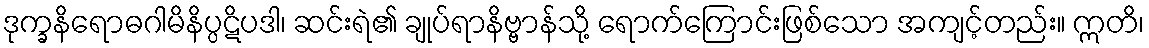
ဒုက္ခနိရောဓဂါမိနိပ္ပဋိပဒါ၊ ဆင်းရဲ၏ ချုပ်ရာနိဗ္ဗာန်သို့ ရောက်ကြောင်းဖြစ်သော အကျင့်တည်း။ ဣတိ၊